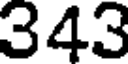
343